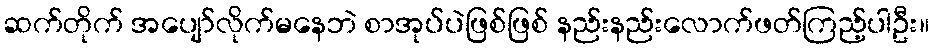
ဆက်တိုက် အပျော်လိုက်မနေဘဲ စာအုပ်ပဲဖြစ်ဖြစ် နည်းနည်းလောက်ဖတ်ကြည့်ပါဦး။